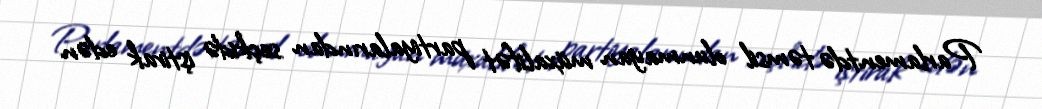
Parlamentdə təmsil olunmayan müxalifət partiyalarından seçkidə iştirak edən